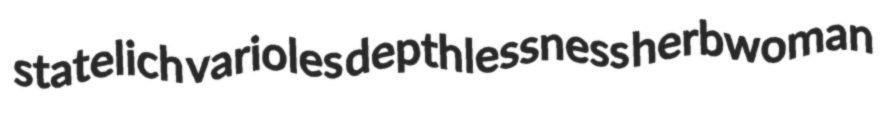
statelich varioles depthlessness herbwoman